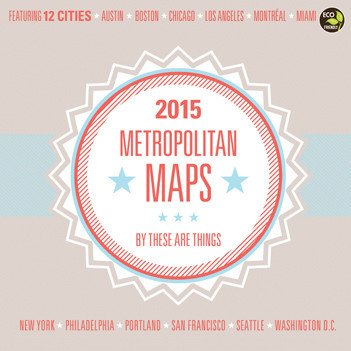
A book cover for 2015 Metropolitan Maps Wall Calendar; Calendars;